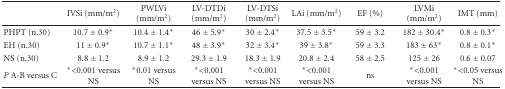
<table><thead><tr><td></td><td><b>IVSi (mm/m2)</b></td><td><b>PWLVi (mm/m2)</b></td><td><b>LV-DTDi (mm/m2)</b></td><td><b>LV-DTSi (mm/m2)</b></td><td><b>LAi (mm/m2)</b></td><td><b>EF (%)</b></td><td><b>LVMi (mm/m2)</b></td><td><b>IMT (mm)</b></td></tr></thead><tbody><tr><td>PHPT (n.30)</td><td>10.7 ± 0.9*</td><td>10.4 ± 1.4*</td><td>46 ± 5.9*</td><td>30 ± 2.4*</td><td>37.5 ± 3.5*</td><td>59 ± 3.2</td><td>182 ± 30.4*</td><td>0.8 ± 0.3*</td></tr><tr><td>EH (n.30)</td><td>11 ± 0.9*</td><td>10.7 ± 1.1*</td><td>48 ± 3.9*</td><td>32 ± 3.4*</td><td>39 ± 3.8*</td><td>59 ± 3.3</td><td>183 ± 63*</td><td>0.8 ± 0.1*</td></tr><tr><td>NS (n.30)</td><td>8.8 ± 1.2</td><td>8.9 ± 1.2</td><td>29.3 ± 1.9</td><td>18.3 ± 1.9</td><td>20.8 ± 2.4</td><td>58 ± 2.5</td><td>125 ± 26</td><td>0.6 ± 0.07</td></tr><tr><td><i>P </i>A-B versus C</td><td>*&lt;0.001 versus NS</td><td>*0.01 versus NS</td><td>*&lt;0.001 versus NS</td><td>*&lt;0.001 versus NS</td><td>*&lt;0.001 versus NS</td><td>ns</td><td>*&lt;0.001 versus NS</td><td>*&lt;0.05 versus NS</td></tr></tbody></table>